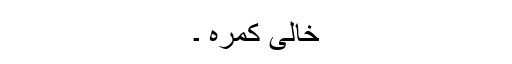
خالی کمرہ ۔